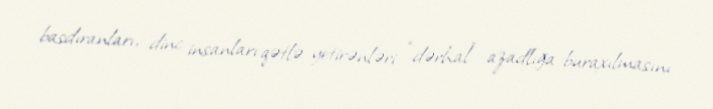
basdıranları, dinc insanları qətlə yetirənləri “dərhal” azadlığa buraxılmasını